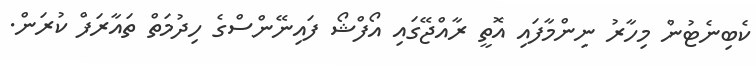
ކެބިނެޓުން މިހާރު ނިންމާފައި އޮތީ ރާއްޖޭގައި އޯފްޝޯ ފައިނޭންސްގެ ހިދުމަތް ތައާރަފް ކުރަން.